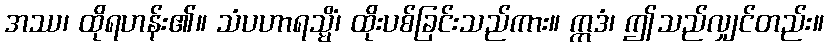
အဿ၊ ထိုရဟန်း၏။ သံပဟာရသ္မိံ၊ ထိုးပစ်ခြင်းသည်ကား။ ဣဒံ၊ ဤသည်လျှင်တည်း။